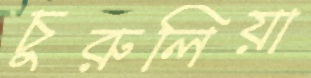
চুরুলিয়া